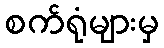
စက်ရုံများမှ